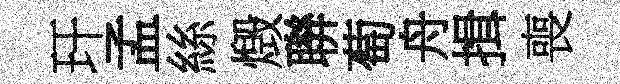
玕孟絲燬聨萄舟揖喪